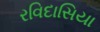
રવિદાસિયા